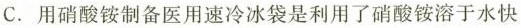
C.用硝酸铵制备医用速冷冰袋是利用了硝酸铵溶于水快